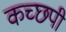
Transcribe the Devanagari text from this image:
कच्छपी